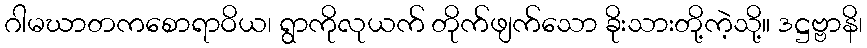
ဂါမဃာတကစောရာဝိယ၊ ရွာကိုလုယက် တိုက်ဖျက်သော ခိုးသားတို့ကဲ့သို့။ ဒဋ္ဌဗ္ဗာနိ၊